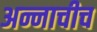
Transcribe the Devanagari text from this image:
अन्नाचीच